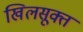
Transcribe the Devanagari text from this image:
खिलसूक्त